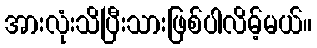
အားလုံးသိပြီးသားဖြစ်ပါလိမ့်မယ်။